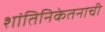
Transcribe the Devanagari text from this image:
शांतिनिकेतनाची